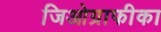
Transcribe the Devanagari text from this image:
जिओग्राफीका